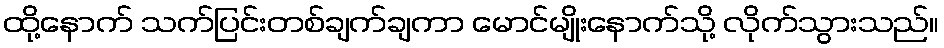
ထို့နောက် သက်ပြင်းတစ်ချက်ချကာ မောင်မျိုးနောက်သို့ လိုက်သွားသည်။